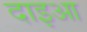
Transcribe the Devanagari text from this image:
दाइआ